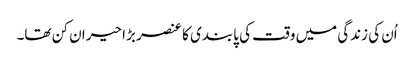
اُن کی زندگی میں وقت کی پابندی کا عنصر بڑا حیران کن تھا۔